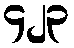
၄၂၃